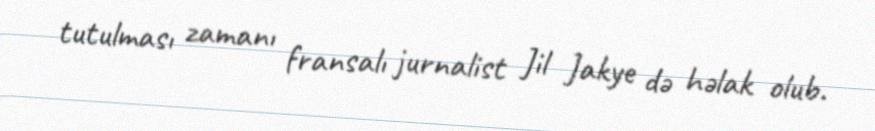
tutulması zamanı fransalı jurnalist Jil Jakye də həlak olub.